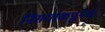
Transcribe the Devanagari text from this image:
निसर्गाकडूनच